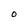
Character: O